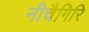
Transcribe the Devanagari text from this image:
नीचैगिरि